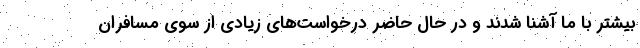
بیشتر با ما آشنا شدند و در حال حاضر درخواست‌های زیادی از سوی مسافران